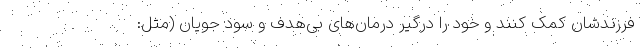
فرزندشان کمک کنند و خود را درگیر درمان‌های بی‌هدف و سود جویان (مثل: